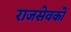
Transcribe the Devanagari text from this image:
राजसेवकों